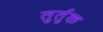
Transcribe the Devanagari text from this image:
तुर्तुक